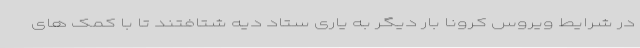
در شرایط ویروس کرونا بار دیگر به یاری ستاد دیه شتافتند تا با کمک های